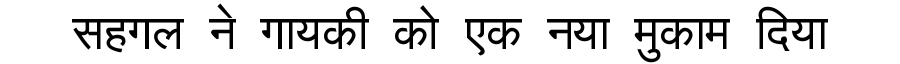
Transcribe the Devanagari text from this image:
सहगल ने गायकी को एक नया मुकाम दिया